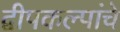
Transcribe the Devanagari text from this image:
द्वीपकल्पांचे